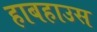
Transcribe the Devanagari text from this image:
हाबहाउस